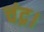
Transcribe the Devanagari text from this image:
चंद्र।